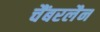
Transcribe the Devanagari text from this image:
चैंबरलैन